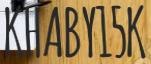
KHABY15K